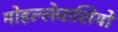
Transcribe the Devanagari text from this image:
मोहल्लेवासियों